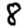
Digit: 8